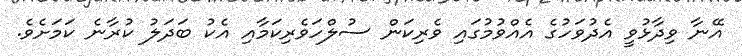
އޭނާ ވިދާޅުވީ އެދުވަހުގެ އެއްވުމުގައި ވެރިކަން ސުލްހަވެރިކަމާއި އެކު ބަދަލު ކުރާނެ ކަމަށެވެ.